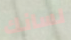
لسانك